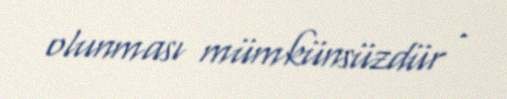
olunması mümkünsüzdür .